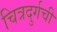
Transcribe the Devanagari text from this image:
चित्रदुर्गची